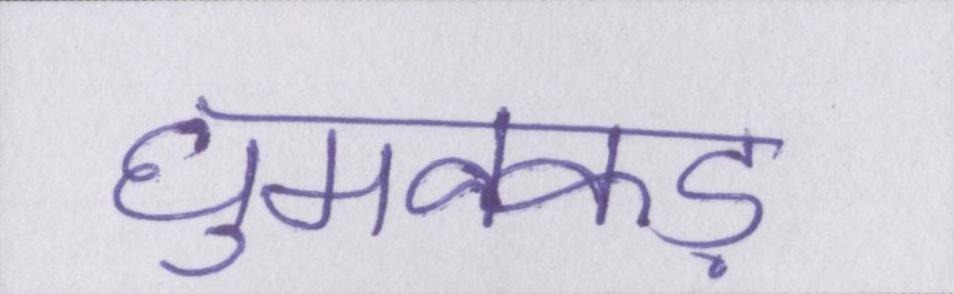
घुमक्कड़